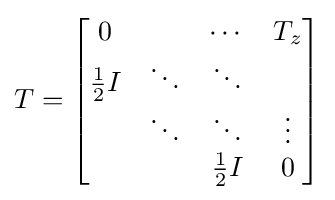
T={\begin{bmatrix}0&\;&\cdots &T_{z}\\{\frac {1}{2}}I&\ddots &\ddots &\;\\\;&\ddots &\ddots &\vdots \\\;&\;&{\frac {1}{2}}I&0\end{bmatrix}}